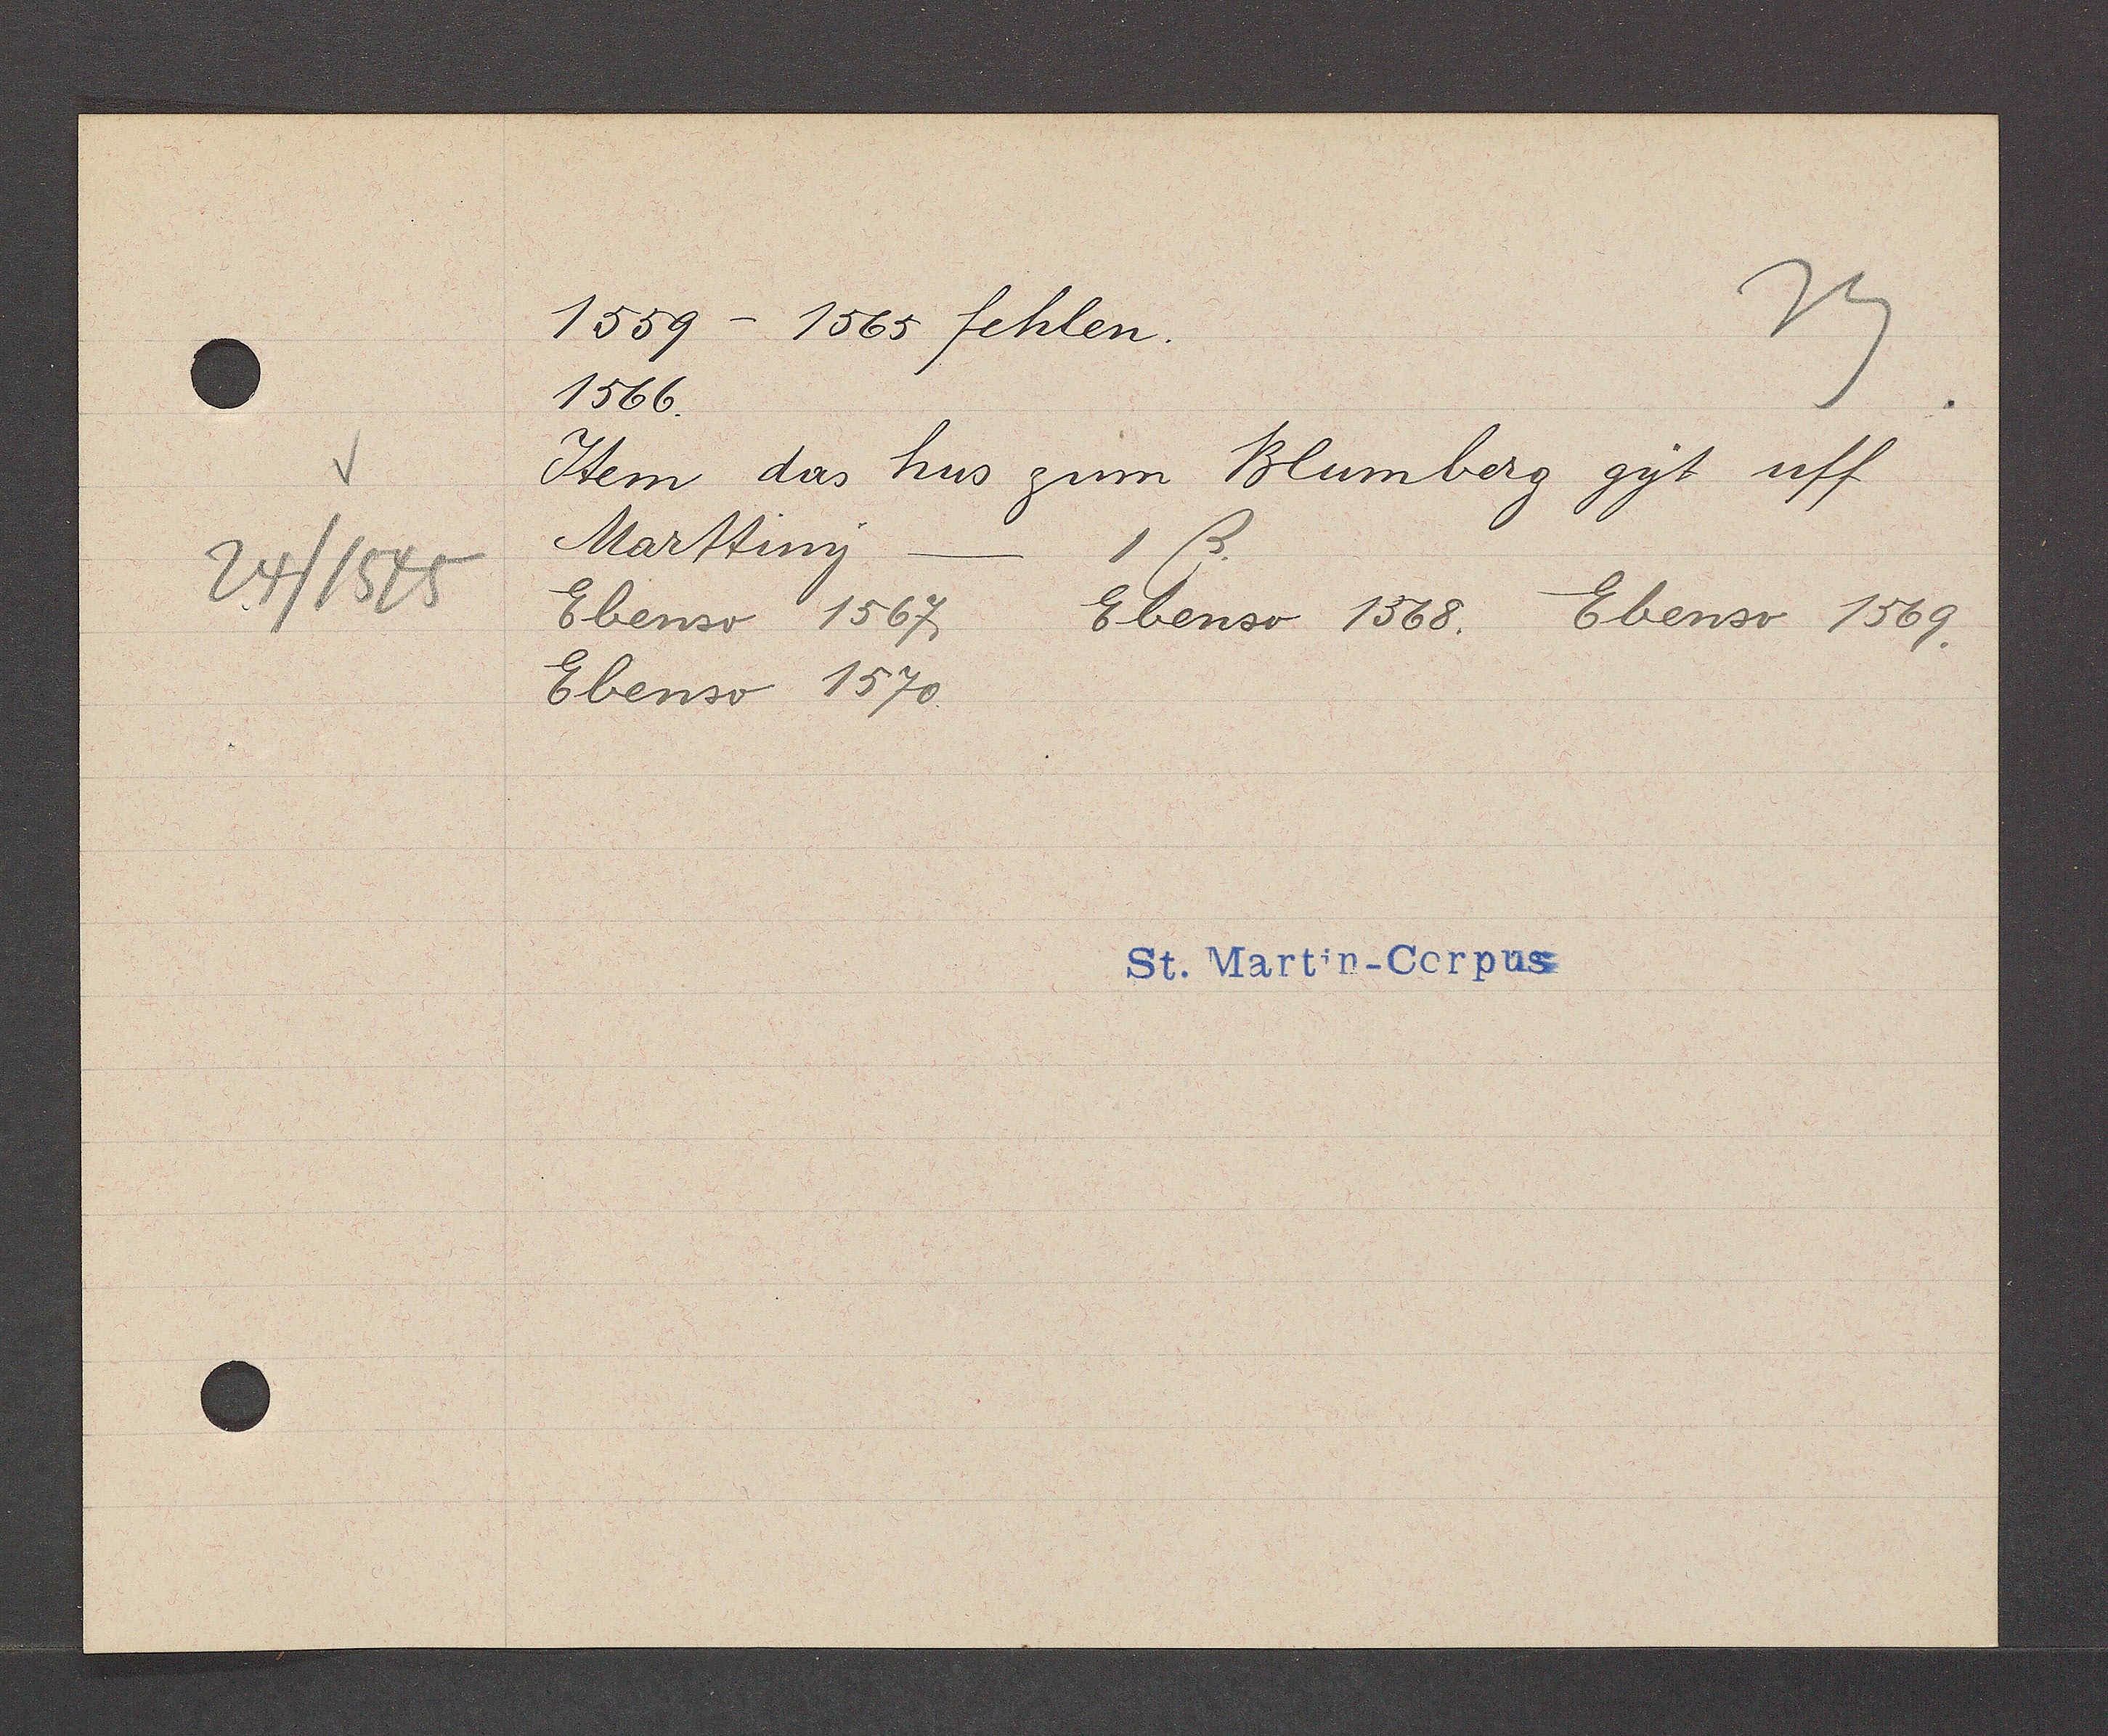
Transcript:
24/1545

1559 - 1565 fehlen.
1566.
Item das hus zum Blumberg gyt uff
Marttiny    1 ß.
Ebenso 1567
Ebenso 1568. Ebenso 1569.
Ebenso 1570.